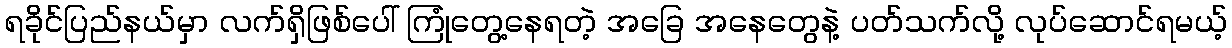
ရခိုင်ပြည်နယ်မှာ လက်ရှိဖြစ်ပေါ် ကြုံတွေ့နေရတဲ့ အခြေ အနေတွေနဲ့ ပတ်သက်လို့ လုပ်ဆောင်ရမယ့်